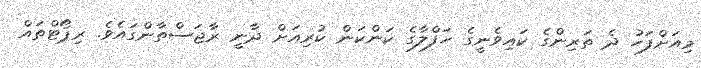
މިއަށްފަހު ދެ ތަރިންގެ ކައިވެނީގެ ހަަފްލާގެ ކަންކަން ކުރިއަށް ދާނީ ރާޖަސްތާންގައެވެ. ރިޕޯޓްތައް